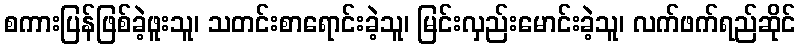
စကားပြန်ဖြစ်ခဲ့ဖူးသူ၊ သတင်းစာရောင်းခဲ့သူ၊ မြင်းလှည်းမောင်းခဲ့သူ၊ လက်ဖက်ရည်ဆိုင်